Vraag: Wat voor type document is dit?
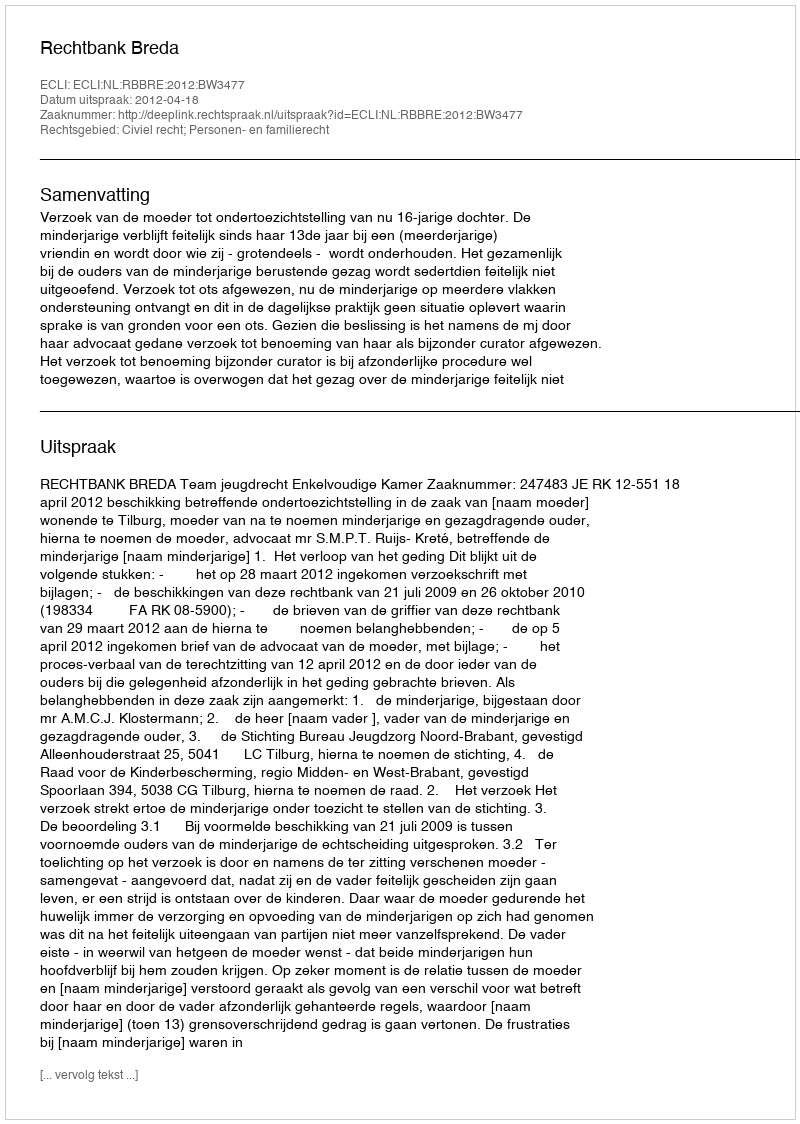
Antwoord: Uitspraak